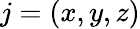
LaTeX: j=(x,y,z)